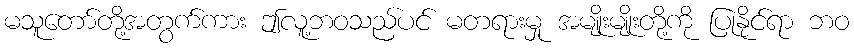
မသူတော်တို့အတွက်ကား ဤလူ့ဘဝသည်ပင် မတရားမှု အမျိုးမျိုးတို့ကို ပြုနိုင်ရာ ဘဝ